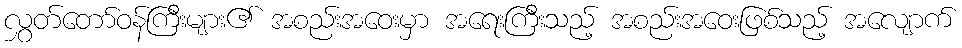
လွှတ်တော်ဝန်ကြီးများ၏ အစည်းအဝေးမှာ အရေးကြီးသည့် အစည်းအဝေးဖြစ်သည့် အလျောက်